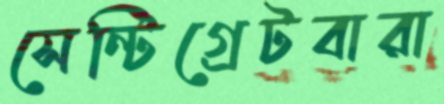
সেন্টিগ্রেটবারা